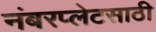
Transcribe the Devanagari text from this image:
नंबरप्लेटसाठी